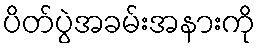
ပိတ်ပွဲအခမ်းအနားကို